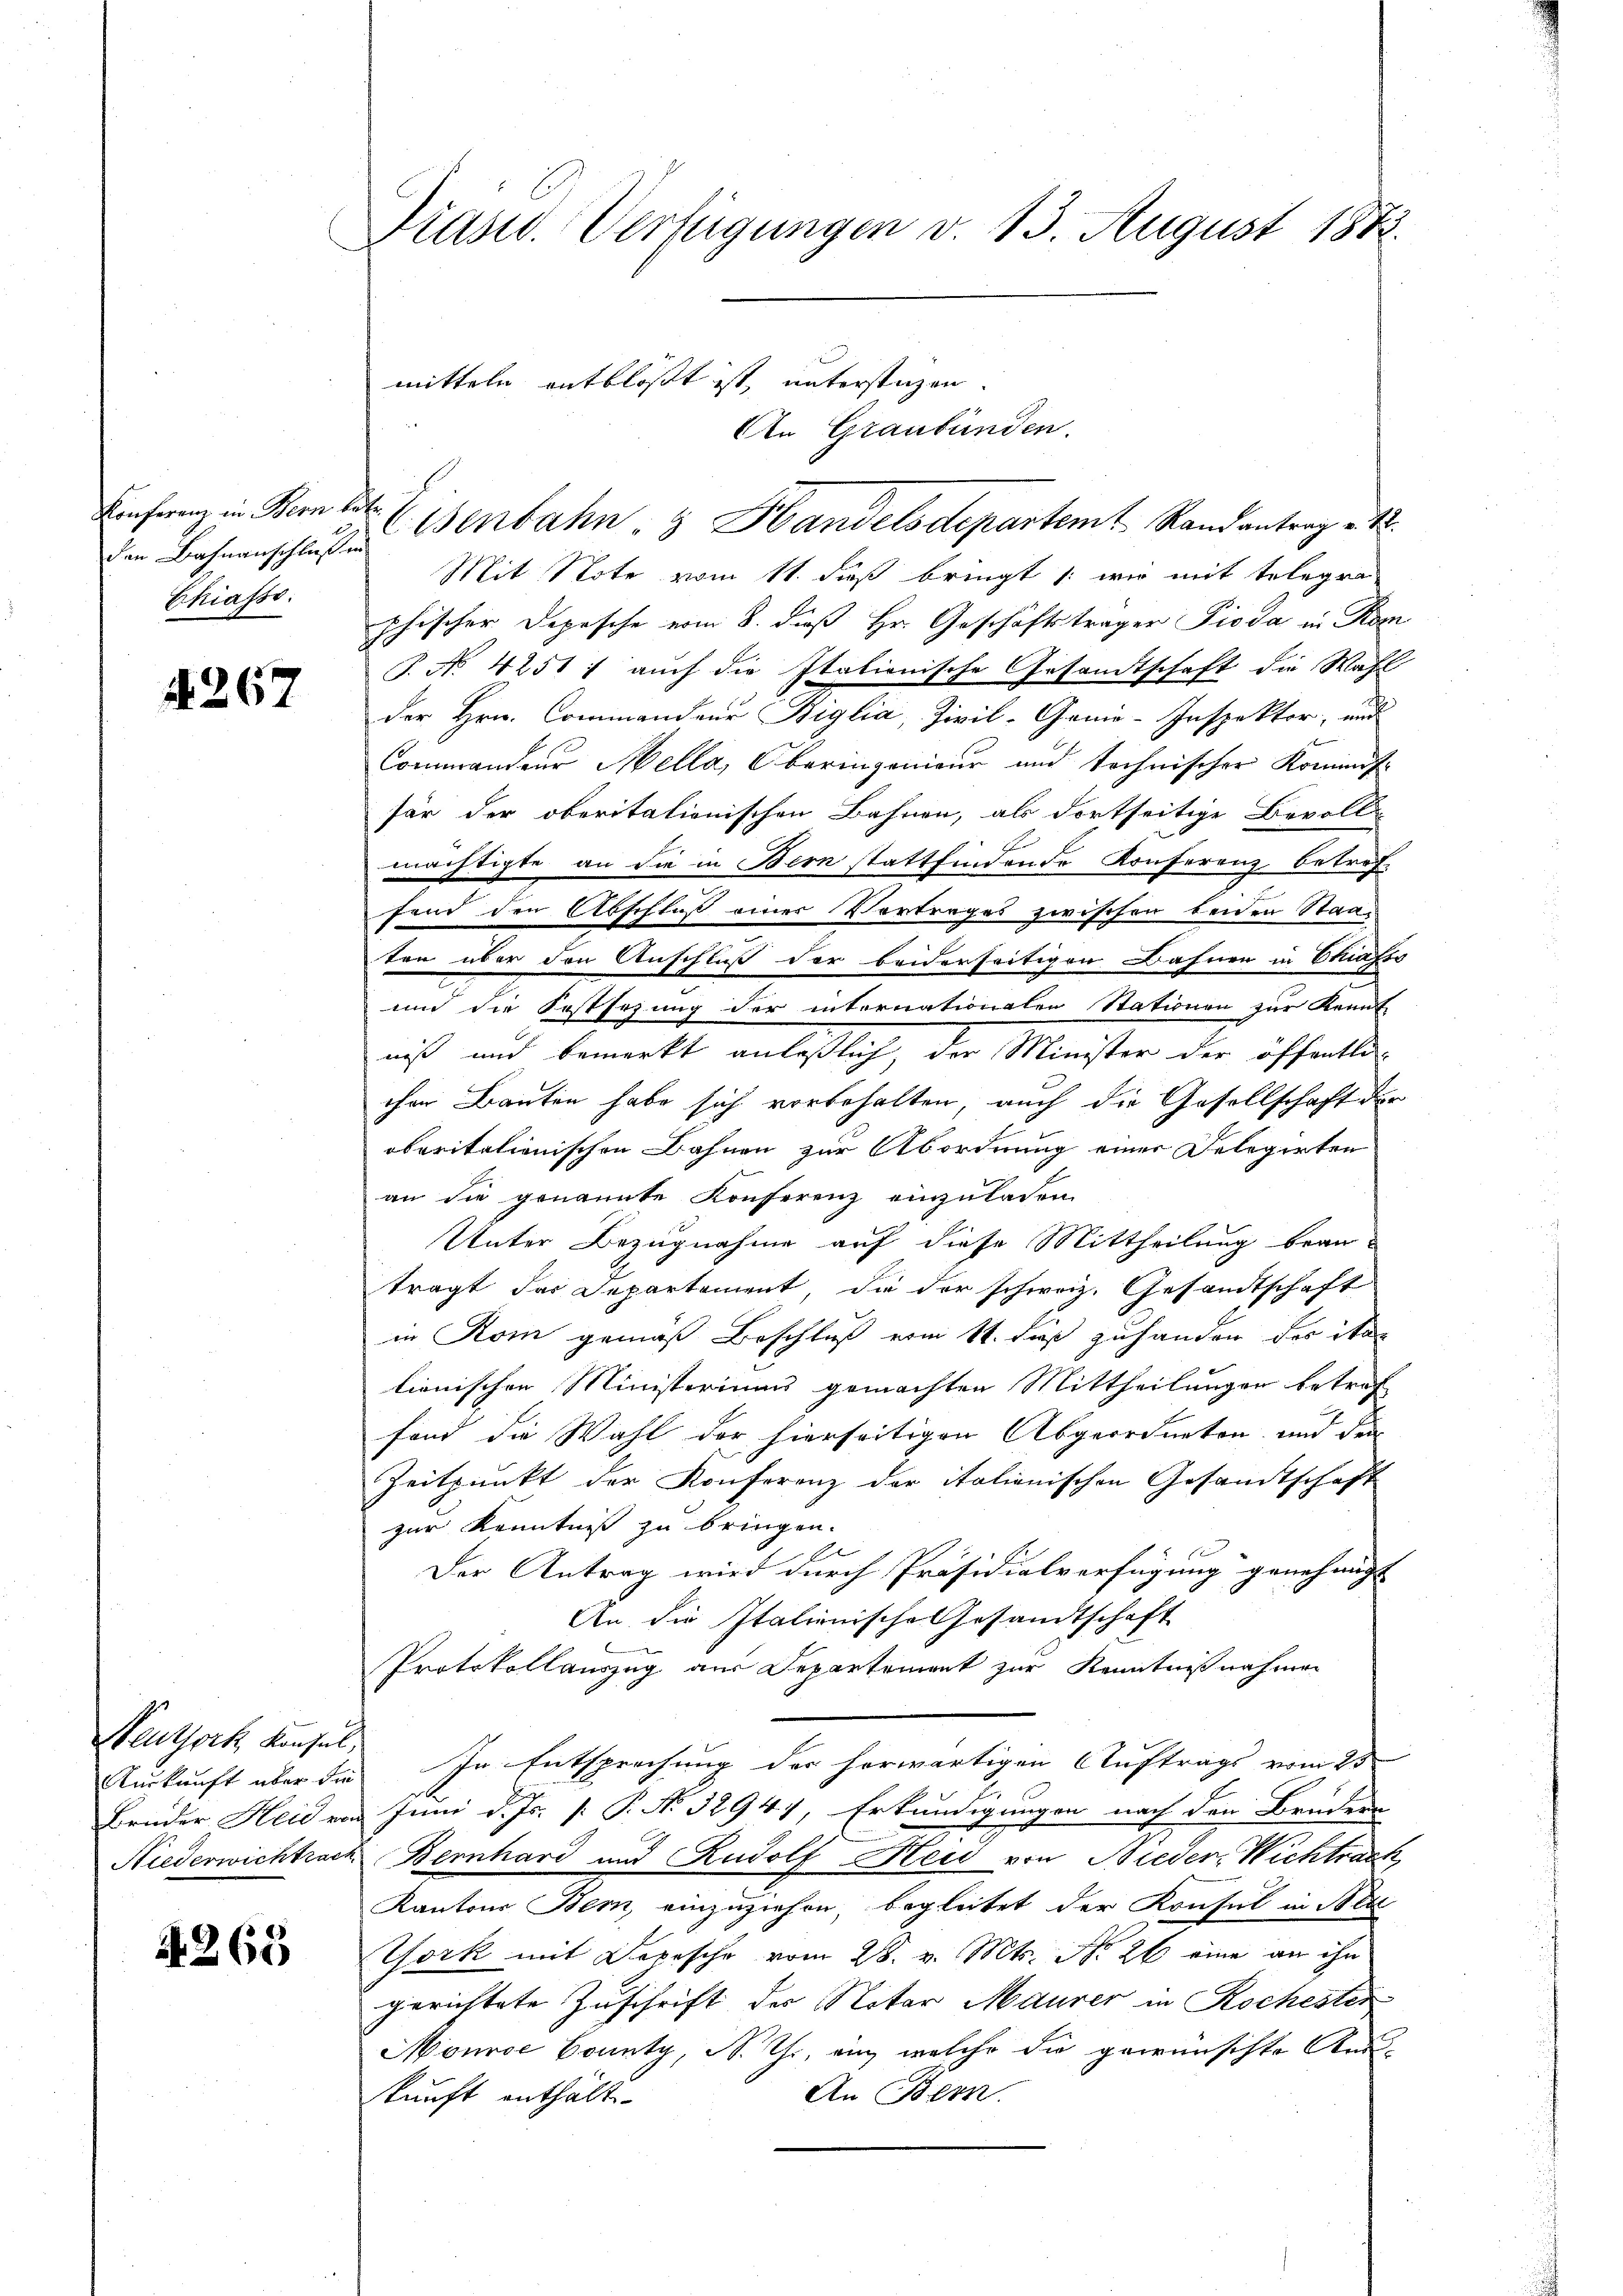
den Bahnanschluß en
Chiasso.

267

Seuthort Konsul,
Kurkunft über die
Bruder Heid von
Niederwichtrach

A.265

Präsid. Verfügungen v. 13. August 181

Einfranz in Bern betr. Eisenbahn, 3 Handelsdepartemt Rand antrag v. 12.
Mit Note vom 11. dieß bringt /: wie mit Telegra
phischer Depesche vom 8. dieß Hr. Geschäftsträger Pioda in Kom
P. No. 4251 ; auch die Italionische Gesandtschaft die Wahl
der Hrn. Commandeur Biglia, Zivil-Ganie-Inspektor, und
Commandeur Mella, Oberingenieur und technischer Kommis
für der oberitationischen Bahnen, als dortseitige Bevoll-
H
mächtigte an die in Bern stattfindende Konferenz betreffend den Abschluß einer Vortrages zwischen beiden Staaten über den Anschluß der beiderseitigen Bahnen in Strafts
und die Festsehung der internationalen Stationen zur Kennt
niß und bemerkt anläßlich, der Minister der öffentli
chen Bauten habe sich vorbehalten, auch die Gesellschaft der
oberitalienischen Bahnen zur Abordnung einer Delegirten
an die genannte Konferenz einzuladen
Unter Bezugnahme auf diese Mittheilung beanträgt das Departement, die der schweiz. Gesandtschaft
in Rom gemäß Beschluß vom 11. dieß zuhanden der ita
lionischen Ministeriums gemachten Mittheilungen betref
fond die Wahl der hierseitigen Abgeordneten und der
Zeitpunkt der Konferenz der italienischen Gesandtschaft
zur Kenntniß zu bringen.
Der Antrag wird durch Präsidialverfügung genehmigt
An die Italienische Gesandtschaft
Protokollauszug aus Departement zur Kenntnißnahmen
In Entsprechung der herwärtigen Auftrags vom 25
i
Juni d. Js. [ P. No. 3294), Erkundigungen nach den Bruden
Bernhard und Rudolf Heid von Bieder Wichtrach
Kantons Bern, einzuziehen, begleitet der Konsul in Bea
York mit Depesche vom 28. v. Mts. No. 26 eine an ihn
gerichtete Zuschrift der Notar Maurer in Kochester
Mourse County, N. Th. an welche die gewünschte Aus-
An Bern.
kunft enthält.

mitteln entblöst ist, unterstüzen.
An Graubünden.